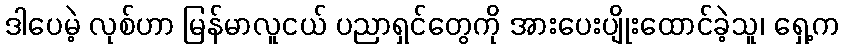
ဒါပေမဲ့ လုစ်ဟာ မြန်မာလူငယ် ပညာရှင်တွေကို အားပေးပျိုးထောင်ခဲ့သူ၊ ရှေ့က